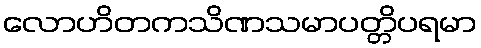
လောဟိတကသိဏသမာပတ္တိပရမာ